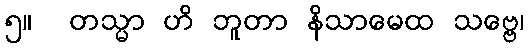
၅။  တသ္မာ ဟိ ဘူတာ နိသာမေထ သဗ္ဗေ၊